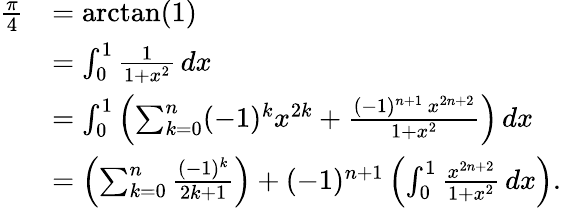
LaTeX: {\begin{array}{rl}{{\frac{\pi}{4}}}&{=\arctan(1)}\\ &{=\int_{0}^{1}{\frac{1}{1+x^{2}}}\, dx}\\ &{=\int_{0}^{1}\left(\sum_{k=0}^{n}(-1)^{k}x^{2k}+{\frac{(-1)^{n+1}\, x^{2n+2}}{1+x^{2}}}\right)\, dx}\\ &{=\left(\sum_{k=0}^{n}{\frac{(-1)^{k}}{2k+1}}\right)+(-1)^{n+1}\left(\int_{0}^{1}{\frac{x^{2n+2}}{1+x^{2}}}\, dx\right).}\end{array}}